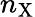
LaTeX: n_{\mathrm{X}}